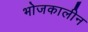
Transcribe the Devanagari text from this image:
भोजकालीन